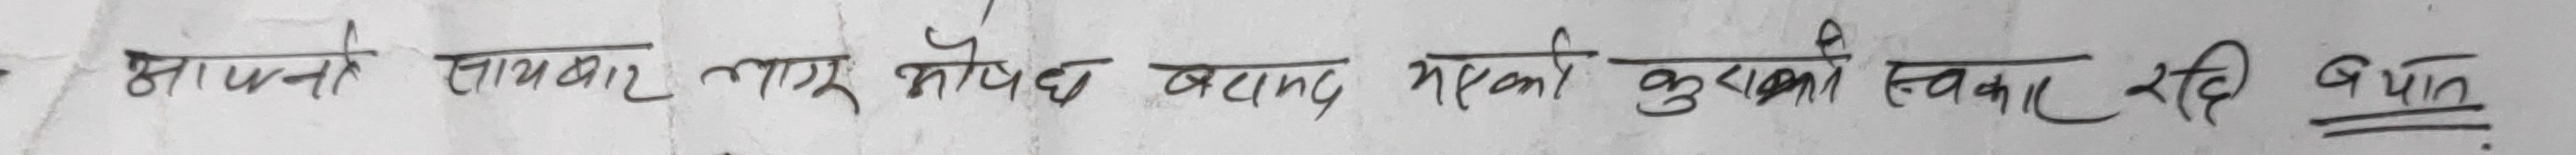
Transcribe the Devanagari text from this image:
आपन्नै साथबाट लागू औषध बनाई भएको कुराको स्वीकार रही बयान.